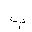
Letter: _ba